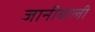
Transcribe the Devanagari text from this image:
जानीवाली